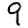
Digit: 9